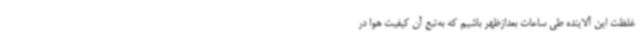
غلظت این آلاینده طی ساعات بعدازظهر باشیم که به‌تبع آن کیفیت هوا در